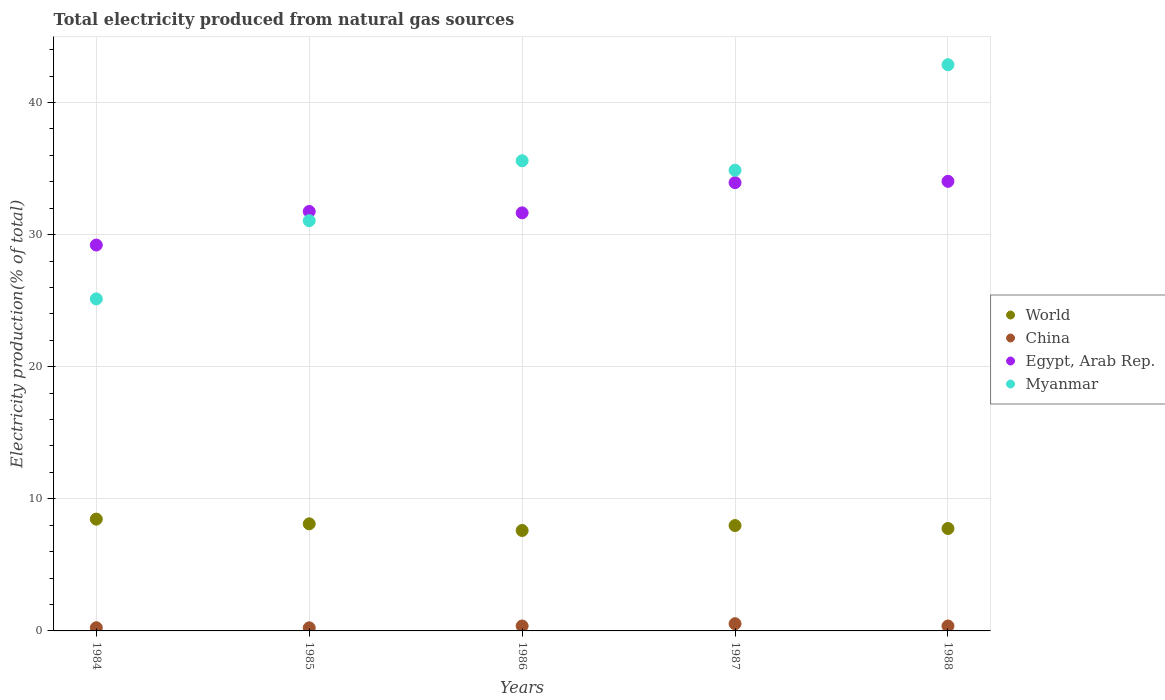
| Years | World | China | Egypt, Arab Rep. | Myanmar |
 | --- | --- | --- | --- | --- |
 | 1984 | 8.46 | 0.241 | 29.2 | 25.1 |
 | 1985 | 8.11 | 0.235 | 31.8 | 31.1 |
 | 1986 | 7.6 | 0.373 | 31.6 | 35.6 |
 | 1987 | 7.98 | 0.545 | 33.9 | 34.9 |
 | 1988 | 7.75 | 0.373 | 34 | 42.9 |